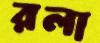
রলা